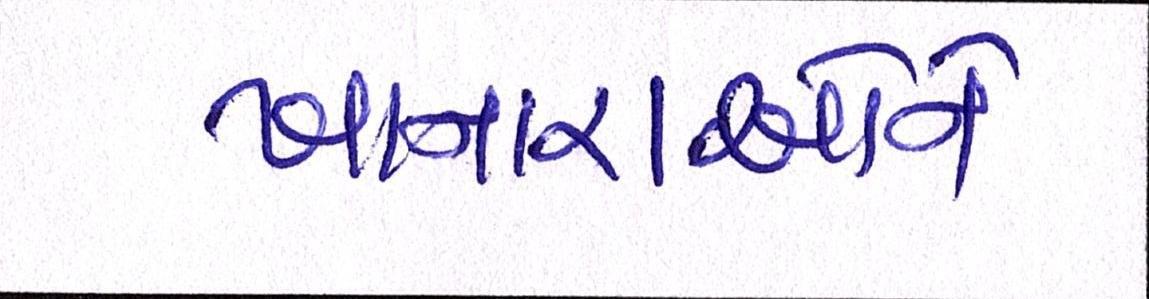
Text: ખાનારાઓને